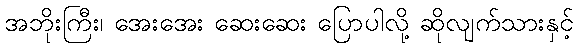
အဘိုးကြီး၊ အေးအေး ဆေးဆေး ပြောပါလို့ ဆိုလျက်သားနှင့်